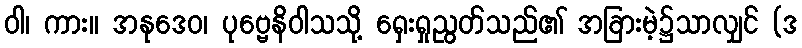
ဝါ၊ ကား။ အနုဒေဝ၊ ပုဗ္ဗေနိဝါသသို့ ရှေးရှုညွတ်သည်၏ အခြားမဲ့၌သာလျှင် (ဒ